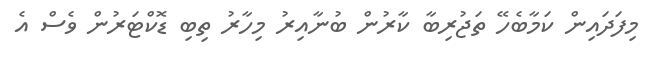
މިފަދައިން ކަމާބެހޭ ތަޖުރިބާ ކާރުން ބުނާއިރު މިހާރު ތިބި ޑޮކްޓަރުން ވެސް އެ